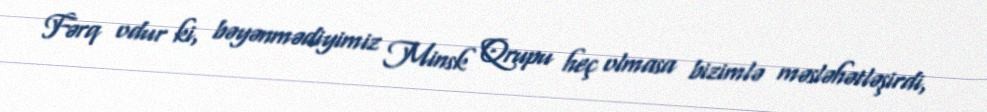
Fərq odur ki, bəyənmədiyimiz Minsk Qrupu heç olmasa bizimlə məsləhətləşirdi,